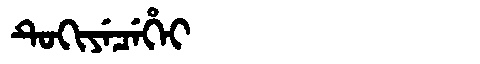
Manchu: ᡨᡠᡴᡳᠶᡝᠴᡝᡥᡝᡳ
Romanization: TUKIYECEHEI